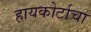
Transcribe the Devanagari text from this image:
हायकोर्टाचा